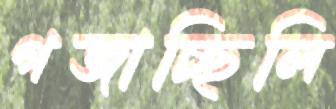
গজাচ্ছিলি